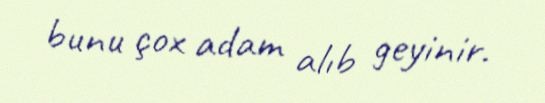
bunu çox adam alıb geyinir.